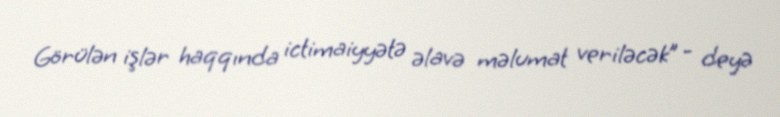
Görülən işlər haqqında ictimaiyyətə əlavə məlumat veriləcək” - deyə